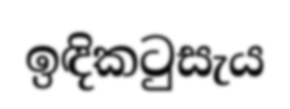
ඉඳිකටුසැය